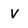
Character: V